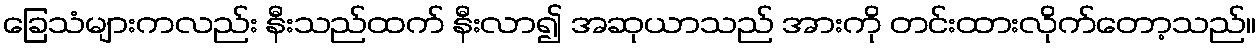
ခြေသံများကလည်း နီးသည်ထက် နီးလာ၍ အဆုယာသည် အားကို တင်းထားလိုက်တော့သည်။